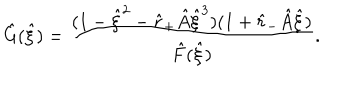
\hat { G } ( \hat { \xi } ) = \frac { ( 1 - \hat { \xi } ^ { 2 } - \hat { r } _ { + } \hat { A } \hat { \xi } ^ { 3 } ) ( 1 + \hat { r } _ { - } \hat { A } \hat { \xi } ) } { \hat { F } ( \hat { \xi } ) } .